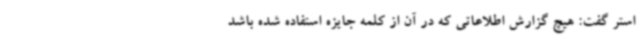
استر گفت: هیچ گزارش اطلاعاتی که در آن از کلمه جایزه استفاده شده باشد